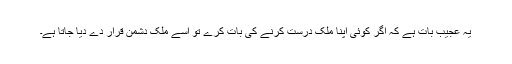
یہ عجیب بات ہے کہ اگر کوئی اپنا ملک درست کرنے کی بات کرے تو اسے ملک دشمن قرار دے دیا جاتا ہے۔